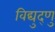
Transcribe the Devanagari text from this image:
विद्युद्णु